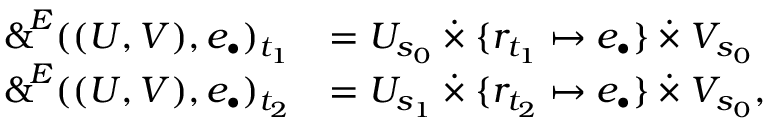
\begin{array} { r l } { \operatorname { \mathrm { \normalfont \sf \& } } ^ { \! E } ( ( U , V ) , e _ { \bullet } ) _ { t _ { 1 } } } & { = U _ { s _ { 0 } } \mathbin { \dot { \times } } \{ r _ { t _ { 1 } } \mapsto e _ { \bullet } \} \mathbin { \dot { \times } } V _ { s _ { 0 } } } \\ { \operatorname { \mathrm { \normalfont \sf \& } } ^ { \! E } ( ( U , V ) , e _ { \bullet } ) _ { t _ { 2 } } } & { = U _ { s _ { 1 } } \mathbin { \dot { \times } } \{ r _ { t _ { 2 } } \mapsto e _ { \bullet } \} \mathbin { \dot { \times } } V _ { s _ { 0 } } , } \end{array}